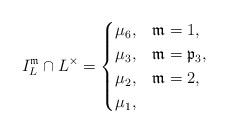
LaTeX: \begin{align*}I_{L}^{\mathfrak{m}}\cap L^{\times}=\begin{cases}\mu_{6}, & \mathfrak{m}=1,\\\mu_{3}, & \mathfrak{m}=\mathfrak{p}_{3},\\\mu_{2}, & \mathfrak{m}=2,\\\mu_{1}, & \end{cases}\end{align*}